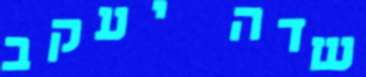
שדה יעקב